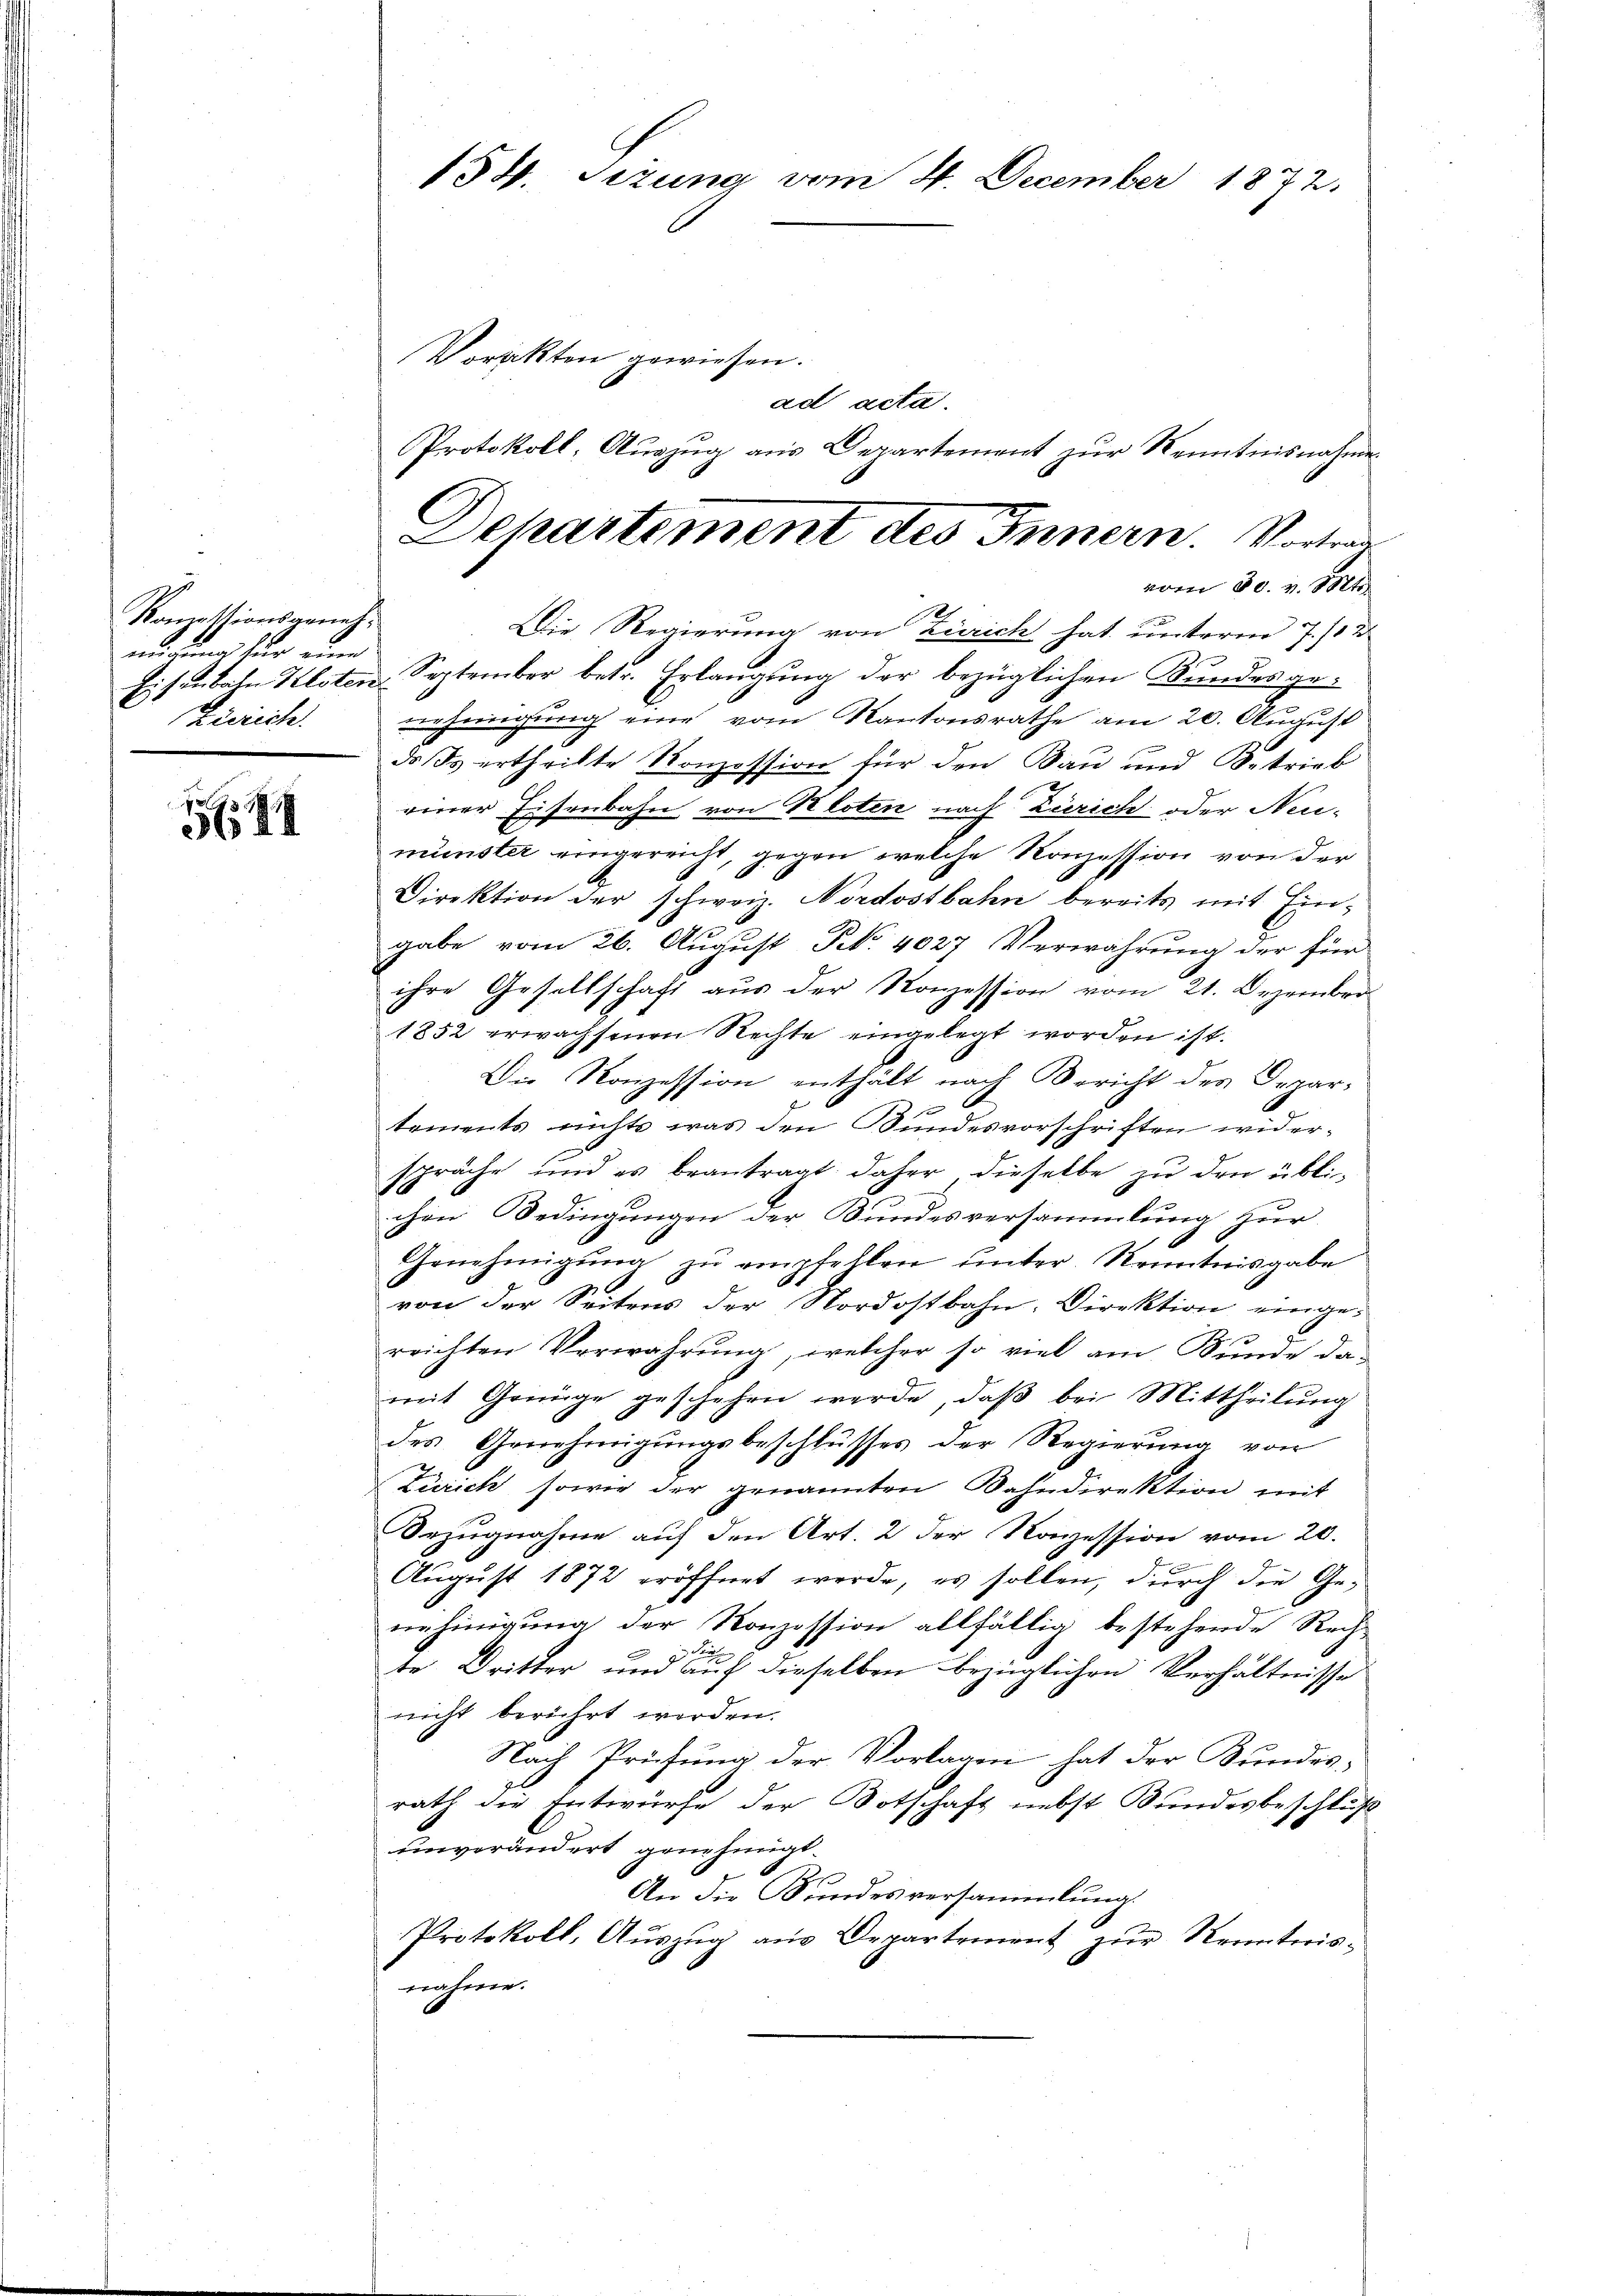
Komissionsgenehmigung für eine
Zisrich.

134. Sizung vom 4. December 1872.

Vorakten gewiesen.
ad acta.
Die Regierung von Zürich hat unterm 7./12
Eisenbahn Kloten September betr. Erlangung der bezüglichen Bundesgenehmigung eine vom Kantonsrathe am 20. August
do ds ertheilte Konzession für den Bau und Betrieb
einer Eisenbahn von Kloten nach Zürich oder Neu-
münster eingereicht, gegen welche Konzession von der
Direktion der schweiz. Nordostbahn bereits mit Eingabe vom 26. August No. 4027 Verwahrung der für
ihre Gesellschaft aus der Konzession vom 21. Dezember
1852 erwachsenen Rechte eingelegt worden ist.
Die Konzession enthält nach Bericht des Departements nichts was den Bundesvorschriften widerspräche und es beantragt daher dieselbe zu den üblichen Bedingungen der Bundesversammlung zur
Genehmigŭng zŭ empfehlen unter Kenntnisgabe
von der Seitens der Nordostbahn, Direktion eingereichten Verwahrung, welcher so viel am Bunde damit Genüge geschehen werde, daß bei Mittheilung
des Genehmigungsbeschlusses der Regierung von
Zürich, sowie der genannten Bahndirektion mit
Bezugnahme auf den Art. 2 der Konzession vom 20.
August 1872 eröffnet werde, es sollen, durch die Genehmigung der Konzession allfällig bestehende Rech

te Dritter und auf dieselben bezüglichen Verhältnisse
nicht berührt werden.
Nach Prüfung der Vorlagen hat der Bundes-
rath die Entwurfe der Botschaft nebst Bundesbeschluß
unverändert genehmigt.
1
2
An die Stundesversammlung.
Protokoll, Aŭszŭg aŭs Departement zŭr Kennterisnahme.

Protokoll- Auszug aus Departement zur Kenntnisnahme
Departement des Innern. Vortrag
vom 30. v. Mts.